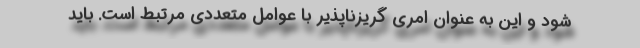
شود و این به عنوان امری گریزناپذیر با عوامل متعددی مرتبط است. باید